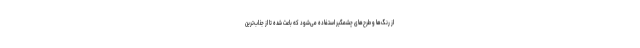
از رنگ‌ها و طرح‌های چشمگیر استفاده می‌شود که باعث شده تا از جذاب‌ترین